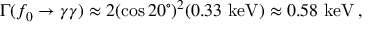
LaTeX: \Gamma ( f _ { 0 } \rightarrow \gamma \gamma ) \approx 2 ( \cos 2 0 ^ { \circ } ) ^ { 2 } ( 0 . 3 3 \ \mathrm { k e V } ) \approx 0 . 5 8 \ \mathrm { k e V } \, ,